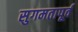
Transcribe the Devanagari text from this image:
सुगमतापूर्व